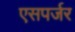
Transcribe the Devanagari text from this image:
एसपर्जर